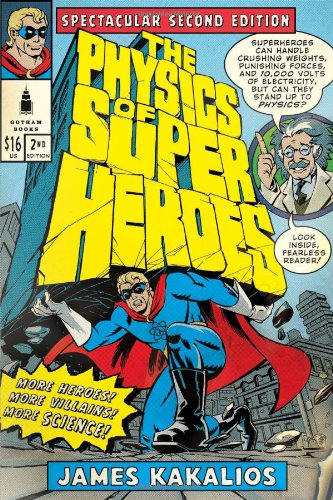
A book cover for The Physics of Superheroes: Spectacular Second Edition; James Kakalios; Comics & Graphic Novels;